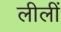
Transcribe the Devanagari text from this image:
लीलीं